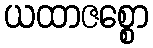
ယထာဇစ္စော